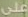
على